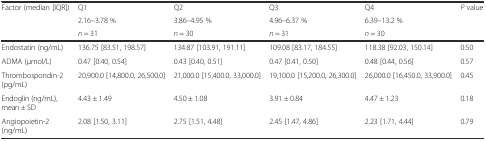
<table><thead><tr><td rowspan="3"><b>Factor (median [IQR])</b></td><td><b>Q1</b></td><td><b>Q2</b></td><td><b>Q3</b></td><td><b>Q4</b></td><td rowspan="2"><b><i>P</i> value</b></td></tr><tr><td><b>2.16–3.78 %</b></td><td><b>3.86–4.95 %</b></td><td><b>4.96–6.37 %</b></td><td><b>6.39–13.2 %</b></td></tr><tr><td><b><i>n</i> = 31</b></td><td><b><i>n</i> = 30</b></td><td><b><i>n</i> = 31</b></td><td><b><i>n</i> = 30</b></td><td></td></tr></thead><tbody><tr><td>Endostatin (ng/mL)</td><td>136.75 [83.51, 198.57]</td><td>134.87 [103.91, 191.11]</td><td>109.08 [83.17, 184.55]</td><td>118.38 [92.03, 150.14]</td><td>0.50</td></tr><tr><td>ADMA (μmol/L)</td><td>0.47 [0.40, 0.54]</td><td>0.43 [0.40, 0.51]</td><td>0.47 [0.41, 0.50]</td><td>0.48 [0.44, 0.56]</td><td>0.57</td></tr><tr><td>Thrombospondin-2 (pg/mL)</td><td>20,900.0 [14,800.0, 26,500.0]</td><td>21,000.0 [15,400.0, 33,000.0]</td><td>19,100.0 [15,200.0, 26,300.0]</td><td>26,000.0 [16,450.0, 33,900.0]</td><td>0.45</td></tr><tr><td>Endoglin (ng/mL), mean ± SD</td><td>4.43 ± 1.49</td><td>4.50 ± 1.08</td><td>3.91 ± 0.84</td><td>4.47 ± 1.23</td><td>0.18</td></tr><tr><td>Angiopoietin-2 (ng/mL)</td><td>2.08 [1.50, 3.11]</td><td>2.75 [1.51, 4.48]</td><td>2.45 [1.47, 4.86]</td><td>2.23 [1.71, 4.44]</td><td>0.79</td></tr></tbody></table>